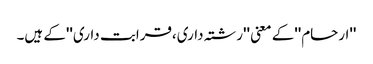
''ارحام''کے معنی ''رشتہ داری،قرابت داری''کے ہیں۔